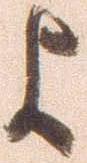
よ